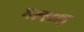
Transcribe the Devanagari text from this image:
मल्‍लाह